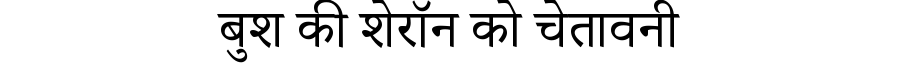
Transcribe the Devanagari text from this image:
बुश की शेरॉन को चेतावनी